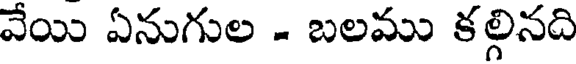
వేయి ఏనుగుల - బలము కల్గినది